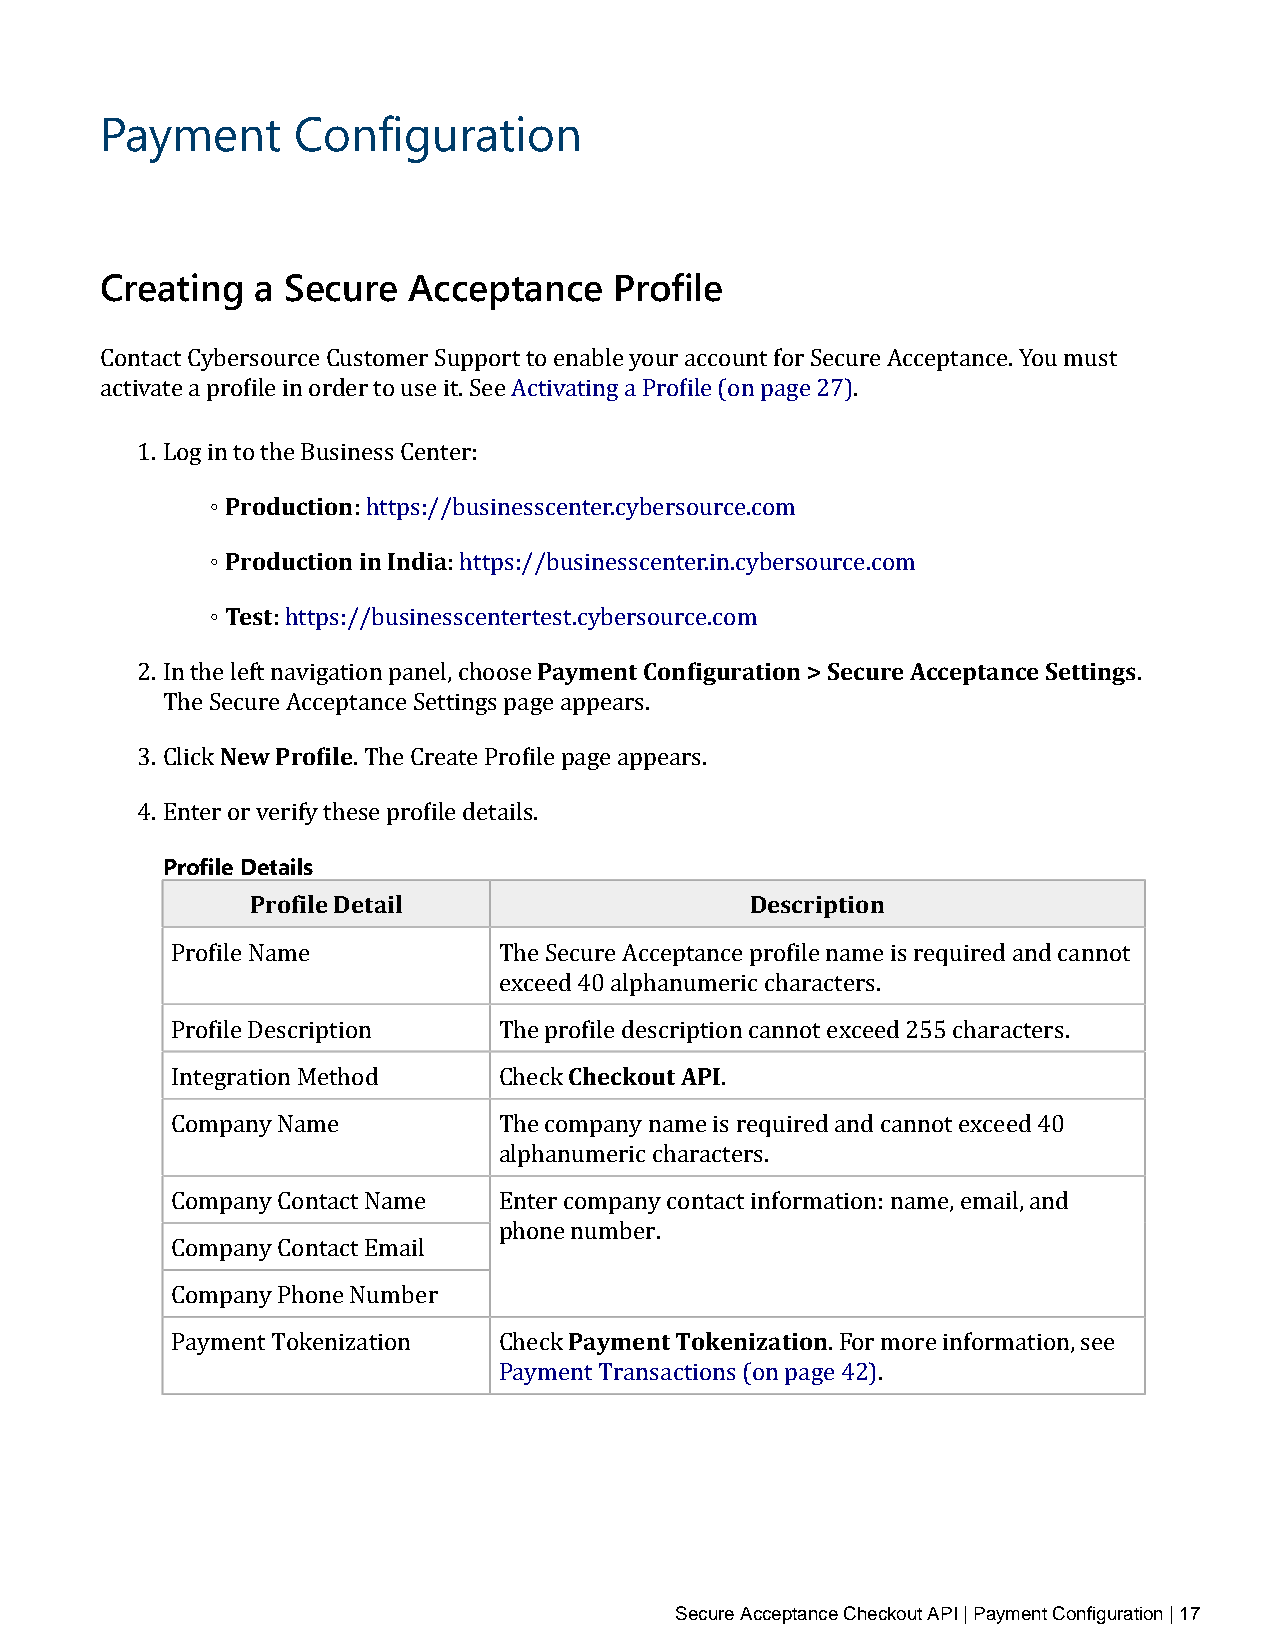
Payment     Configuration
 Creating  a Secure  Acceptance    Profile
 Contact Cybersource Customer Support to enable your account for Secure Acceptance. You must
 activate a profile in order to use it. See Activating a Profile (on page 27).
 1. Log i◦nP troo tdhue cBtuiosniness Center:
 ◦Production :i hnt Itnpsd:i/a/businesscenter.cybersource.com
 ◦Test           : https://businesscenter.in.cybersource.com
 : https://businesscentertPeasty.cmybenerts Coounrcfieg.cuormation > Secure Acceptance Settings
 2. In the left navigation panel, choose                           .
 The SNeceuwre P Arcocfeilpetance Settings page appears.
 3. Click      . The Create Profile page appears.
 4. EPrnotefirle o Dr veetariilfsy these profile details.
 Profile Detail                   Description
 Profile Name          The Secure Acceptance profile name is required and cannot
 exceed 40 alphanumeric characters.
 Checkout API
 Profile Description   The profile description cannot exceed 255 characters.
 Integration Method    Check          .
 Company Name          The company name is required and cannot exceed 40
 alphanumeric characters.
 Company Contact Name  Enter company contact information: name, email, and
 phone number.
 Company Contact Email
 Payment Tokenization
 Company Phone Number
 Payment Tokenization  Check                 . For more information, see
 Payment Transactions (on page 42).
 Secure Acceptance Checkout API | Payment Configuration | 17